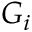
G _ { i }